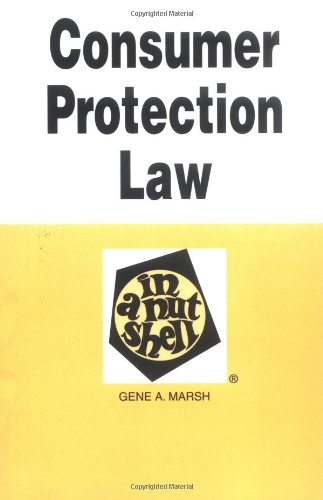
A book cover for Consumer Protection Law in a Nutshell; Gene Marsh; Law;